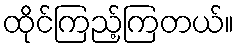
ထိုင်ကြည့်ကြတယ်။